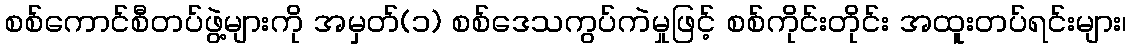
စစ်ကောင်စီတပ်ဖွဲ့များကို အမှတ်(၁) စစ်ဒေသကွပ်ကဲမှုဖြင့် စစ်ကိုင်းတိုင်း အထူးတပ်ရင်းများ၊